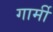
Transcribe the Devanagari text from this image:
गार्मी